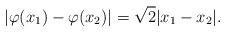
LaTeX: \begin{align*}| \varphi(x_1) -\varphi(x_2) | = \sqrt 2 | x_1 - x_2 |.\end{align*}